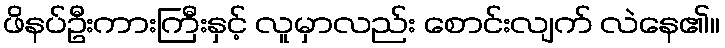
ဖိနပ်ဦးကားကြီးနှင့် လူမှာလည်း စောင်းလျက် လဲနေ၏။